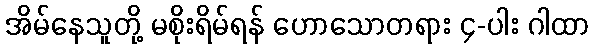
အိမ်နေသူတို့ မစိုးရိမ်ရန် ဟောသောတရား ၄-ပါး ဂါထာ